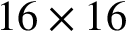
1 6 \times 1 6